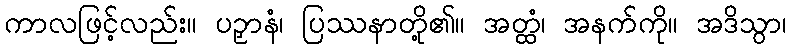
ကာလဖြင့်လည်း။ ပဉှာနံ၊ ပြဿနာတို့၏။ အတ္ထံ၊ အနက်ကို။ အဒိသွာ၊